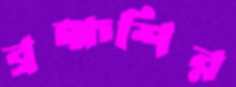
ব্রহ্মশির